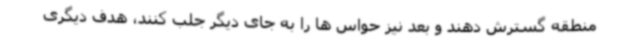
منطقه گسترش دهند و بعد نیز حواس ها را به جای دیگر جلب کنند، هدف دیگری